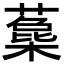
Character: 𣛳